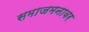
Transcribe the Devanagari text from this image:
समाजमनावर